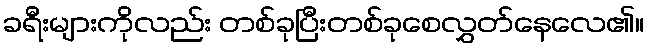
ခရီးများကိုလည်း တစ်ခုပြီးတစ်ခုစေလွှတ်နေလေ၏။